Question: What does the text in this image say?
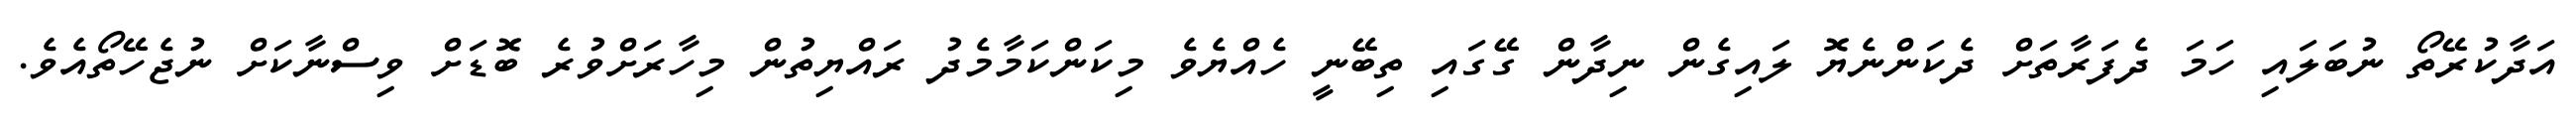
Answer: އަދާކުރޭތޯ ނުބަލައި ހަމަ ދެފަރާތަށް ދެކަންނެޔޮ ލައިގެން ނިދާން ގޭގައި ތިބޭނީ ހެއްޔެވެ މިކަންކަމާމެދު ރައްޔިތުން މިހާރަށްވުރެ ބޮޑަށް ވިސްނާކަށް ނުޖެހޭތޯއެވެ.